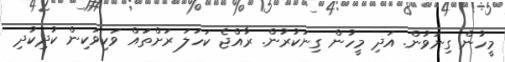
މީހުން ގިނަވުން. އަދި މީހުން ގިނަކުރުން. ރާއްޖެ ކަހަލަ ރަށްތައް ވަކިވަކިން ކުދިކުދި